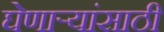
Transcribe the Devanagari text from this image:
घेणाऱ्यांसाठी